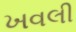
ખવલી